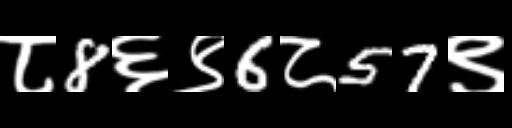
Text: ८8६९6८57९